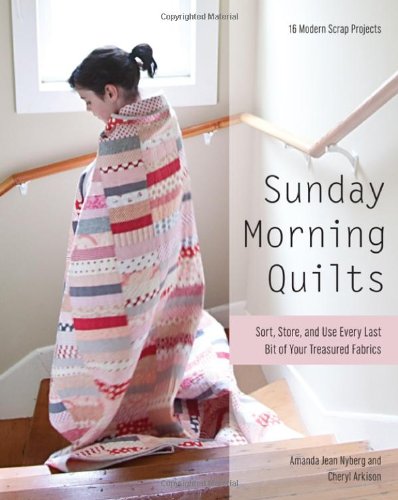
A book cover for Sunday Morning Quilts: 16 Modern Scrap Projects  Sort, Store, and Use Every Last Bit of Your Treasured Fabrics; Amanda Jean Nyberg; Crafts, Hobbies & Home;